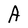
Character: A